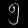
Digit: ၅